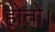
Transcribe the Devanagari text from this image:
होतो।